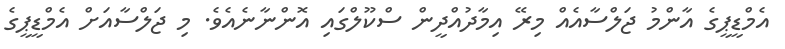
އެމްޑީޕީގެ އާންމު ޖަލްސާއެއް މިރޭ އިމާދުއްދީން ސްކޫލްގައި އޮންނާނެއެވެ. މި ޖަލްސާއަށް އެމްޑީޕީގެ